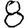
Digit: 8